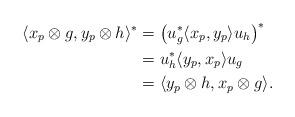
LaTeX: \begin{align*} \langle x_p \otimes g, y_p \otimes h\rangle^* &= \left(u_g^* \langle x_p, y_p\rangle u_h\right)^* \\ &= u_h^* \langle y_p, x_p\rangle u_g \\ &= \langle y_p \otimes h, x_p \otimes g\rangle.\end{align*}